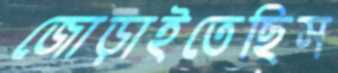
জোড়াইতেছিস